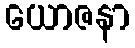
ယောဇနာ